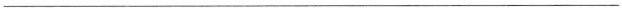
___